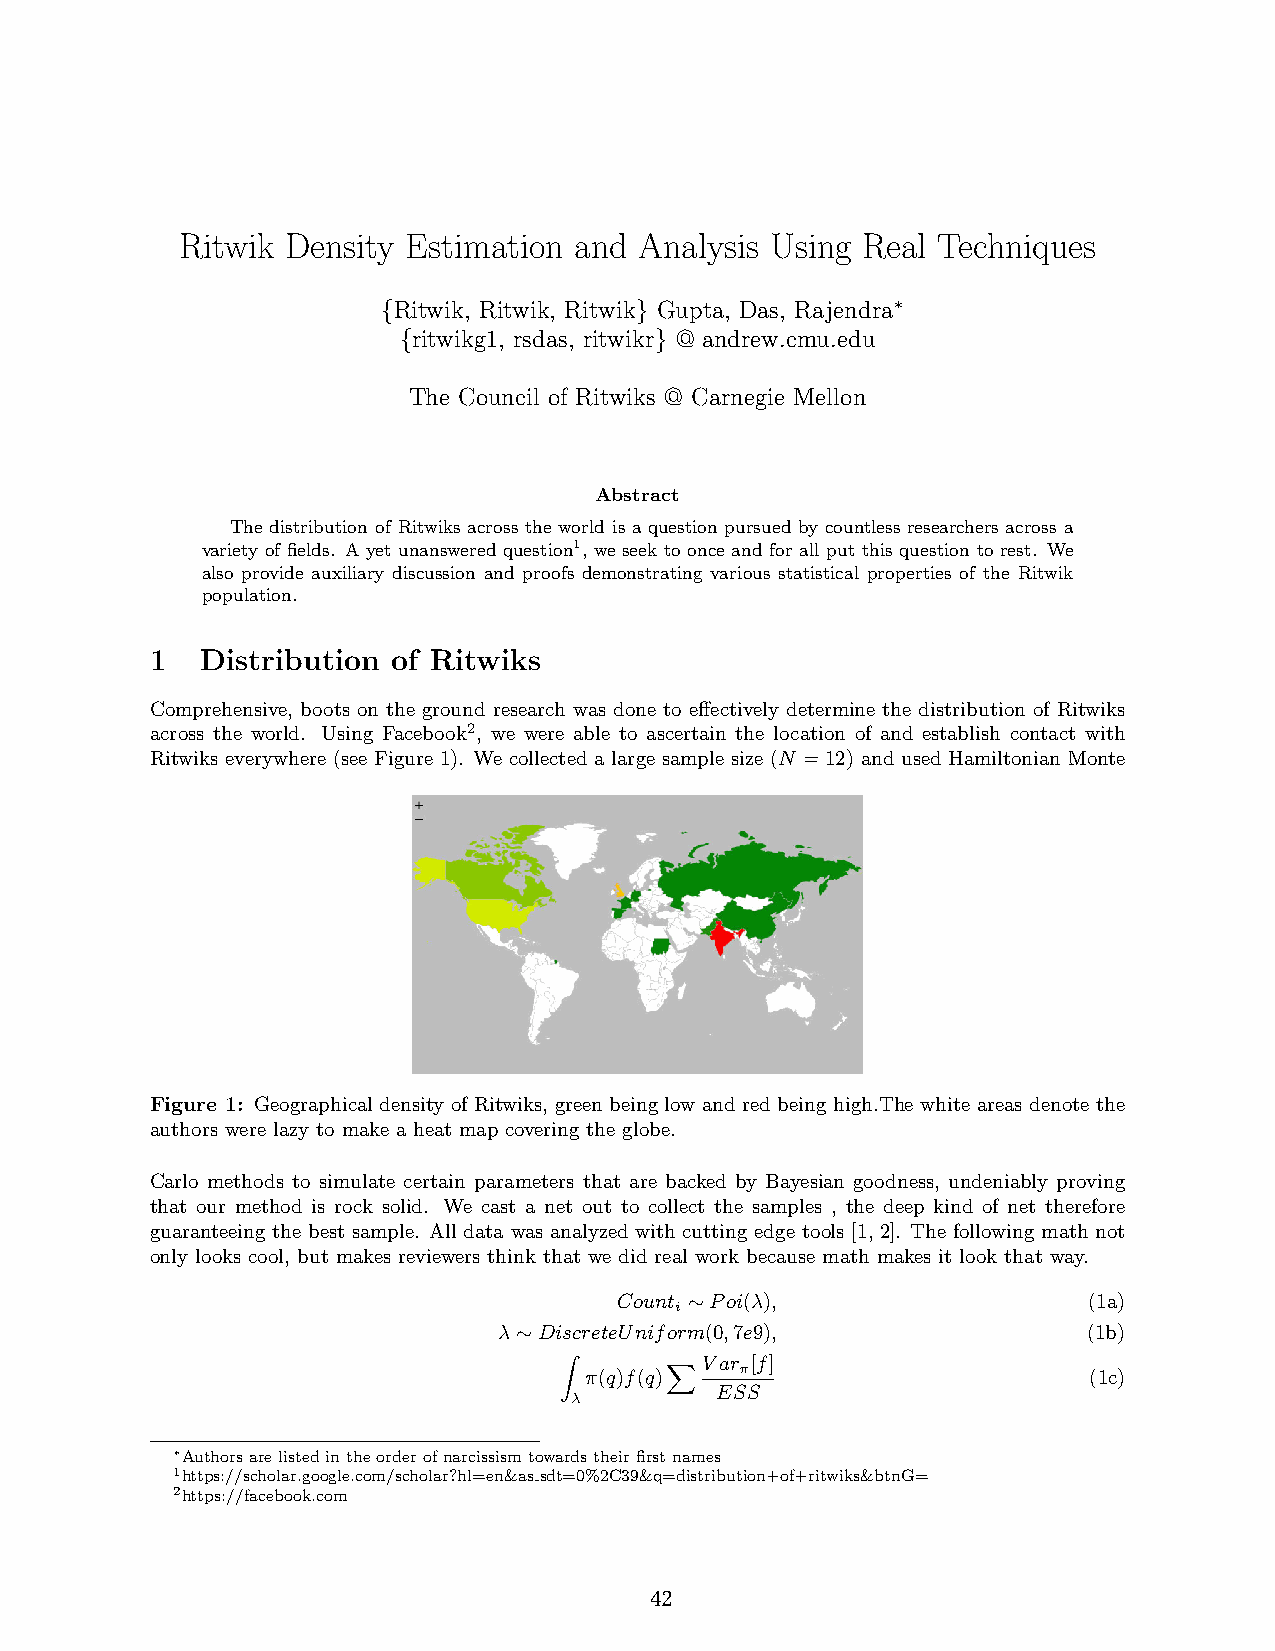
Rit8wik Density Estimation and Analysis Using Real Techniques
 Ritwik, Ritwik, Ritwik Gupta, Das, Rajendra
 ∗
 {                }
 ritwikg1, rsdas, ritwikr @ andrew.cmu.edu
 {                }
 The Council of Ritwiks @ Carnegie Mellon
 Abstract
 The distribution of Ritwiks across the world is a question pursued by countless researchers across a
 variety of fields. A yet unanswered question1, we seek to once and for all put this question to rest. We
 also provide auxiliary discussion and proofs demonstrating various statistical properties of the Ritwik
 population.
 1  Distribution of Ritwiks
 Comprehensive, boots on the ground research was done to effectively determine the distribution of Ritwiks
 across the world. Using Facebook2, we were able to ascertain the location of and establish contact with
 Ritwiks everywhere (see Figure 1). We collected a large sample size (N =12) and used Hamiltonian Monte
 Figure 1: Geographical density of Ritwiks, green being low and red being high.The white areas denote the
 authors were lazy to make a heat map covering the globe.
 Carlo methods to simulate certain parameters that are backed by Bayesian goodness, undeniably proving
 that our method is rock solid. We cast a net out to collect the samples , the deep kind of net therefore
 guaranteeing the best sample. All data was analyzed with cutting edge tools [1, 2]. The following math not
 only looks cool, but makes reviewers think that we did real work because math makes it look that way.
 Count Poi(λ),                  (1a)
 i
 ∼
 λ  DiscreteUniform(0,7e9),             (1b)
 ∼
 Var [f]
 π
 π(q)f(q)                         (1c)
 ESS
 Zλ
 X
 ∗Authorsarelistedintheorderofnarcissismtowardstheirfirstnames
 1https://scholar.google.com/scholar?hl=en&as sdt=0%2C39&q=distribution+of+ritwiks&btnG=
 2https://facebook.com
 42